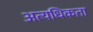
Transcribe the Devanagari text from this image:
अत्यधिकता